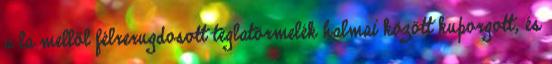
a la mellől félrerugdosott téglatörmelék halmai között kuporgott, és